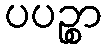
ပပဉ္စာ